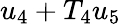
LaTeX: u_{4}+T_{4}u_{5}